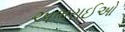
અભરાઈઓ